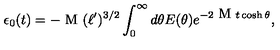
\epsilon _ { 0 } ( t ) = - \textrm { M } ( \ell ^ { \prime } ) ^ { 3 / 2 } \int _ { 0 } ^ { \infty } d \theta E ( \theta ) e ^ { - 2 \textrm { M } t \cosh \theta } ,